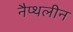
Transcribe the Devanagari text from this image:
नैप्थलीन